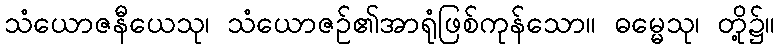
သံယောဇနီယေသု၊ သံယောဇဉ်၏အာရုံဖြစ်ကုန်သော။ ဓမ္မေသု၊ တို့၌။